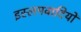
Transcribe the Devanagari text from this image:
इस्लमवादियों